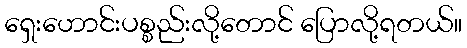
ရှေးဟောင်းပစ္စည်းလို့တောင် ပြောလို့ရတယ်။